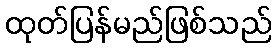
ထုတ်ပြန်မည်ဖြစ်သည်